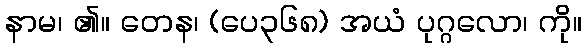
နာမ၊ ၏။ တေန၊ (ပေ၃၆၈) အယံ ပုဂ္ဂလော၊ ကို။